Statistical return of the lunatic asylum in Assam - 1912-1932
Year: 1912
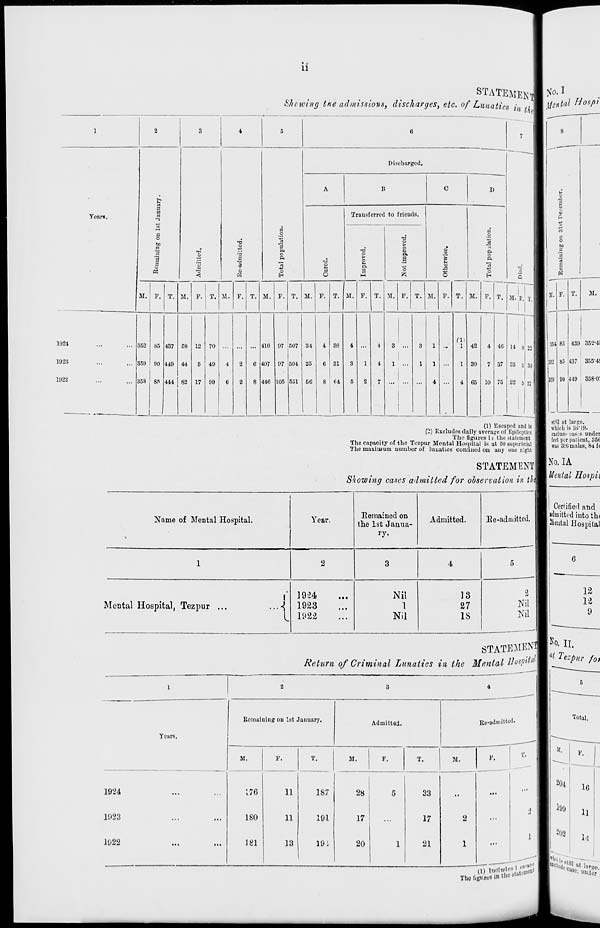
• -
11
Showing tne admissions, discharges, etc. of Lunatics fa *i i
Discharged.
A
B
C
D
>, h
B
Years,
a
a
Transferred to friends.
«
d
n
o
o
•a
o
to
p
CJ
•o
o
o
ei.
s
o
Qi
o
'5
8
Jj
e
»
T3
>
o
a
fc
P,
§
2
«
2
p.
-g
Jj
cj
M
•3
o
a
a
to
o
O
M. F. T. M. F. T. M. F. T. M. F. T. M. F. T. M. F. T. M. F. T. M. F. T. M. F. T.
|
en
1024
352 85 •137 58 12 70
... 410 97 507 34
4 88
4
4
3 ...
3
1 •«
i 42
4 46
1023
859 90 410 44
5 40
4
2
6 407 97 504 25
6 31
3
1
4
1 ...
1
1
i 30
7 37
1022
358 8P 444 82 17 00
j
6
2
8 446 105 551 56
8 64
5
2
7
i
4
4 65 10 75
M. P. T,
14 8 1 22
25 5 30
22 5 27
(1) Escaped and is
(2) Excludes daily average of Epileptics
TJic figures i i the statement
The capacity of the Tezpur Mental Hospital is at 50 superticial
The maximum number of lunatics confined on any one tight
STATEMENT
Showing cases admitted for observation in th
Name of Mental Hospital.
Year.
Remained on
the 1st Janua-
ry-
Admitted.
Be-admitted.
Mental Hospital, Tezpur ...
I
1924
1923
Nil
1
Nil
13
27
IS
2
Nil
Nil
85 437 355-4!
ttill at large.
which is 3li"19.
exclude cnBeS under
feet per patient, 35(1
was 3E0 males, 8* f<
STATEMENT! K^II.
Return of Criminal Lunatics in the Mental B'^:||
Remaining on lut January.
Admitted.
Ke-adi
Years.
M.
F.
T.
M.
P.
T.
M.
F.
19'2-1
...
176
11
187
28
5
33
..
...
1923
...
180
11
191
17
...
17
2
...
1922
...
181
13
19 i
20
1
21
1
...
(D irt$»±g$*
Tho figures »»
the (ttttfi